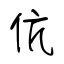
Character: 伉